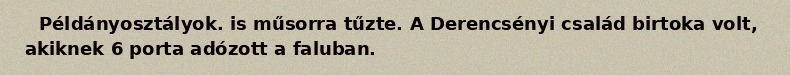
Példányosztályok. is műsorra tűzte. A Derencsényi család birtoka volt, akiknek 6 porta adózott a faluban.